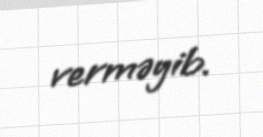
verməyib.